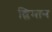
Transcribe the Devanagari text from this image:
श्लिमान